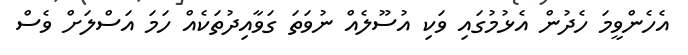
އެހެންވީމަ ހެދުން އެޅުމުގައި ވަކި އުސޫލެއް ނުވަތަ ގަވާއިދުތަކެއް ހަމަ އަސްލަށް ވެސް